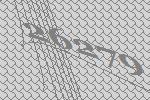
26279